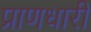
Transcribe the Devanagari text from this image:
प्राणधारी